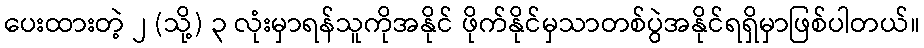
ပေးထားတဲ့ ၂ (သို့) ၃ လုံးမှာရန်သူကိုအနိုင် ဖိုက်နိုင်မှသာတစ်ပွဲအနိုင်ရရှိမှာဖြစ်ပါတယ်။